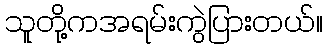
သူတို့ကအရမ်းကွဲပြားတယ်။